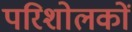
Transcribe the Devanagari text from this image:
परिशोलकों